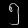
Digit: ၅